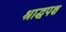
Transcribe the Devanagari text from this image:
श्राद्धपक्ष